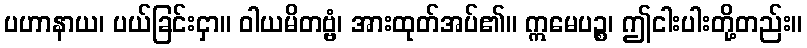
ပဟာနာယ၊ ပယ်ခြင်းငှာ။ ဝါယမိတဗ္ဗံ၊ အားထုတ်အပ်၏။ ဣမေပဉ္စ၊ ဤငါးပါးတို့တည်း။